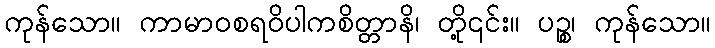
ကုန်သော။ ကာမာဝစရဝိပါကစိတ္တာနိ၊ တို့၎င်း။ ပဉ္စ၊ ကုန်သော။